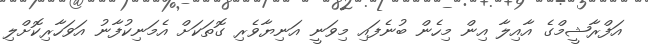
އަފްރާޝީމްގެ އާއިލާ އިން މިހެން ބުނެފައި މިވަނީ އަނިޔާވެރި ގޮތަކަށް އެމަނިކުފާނު އަވަހާރިކޮށްލި